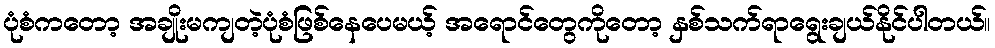
ပုံစံကတော့ အချိုးမကျတဲ့ပုံစံဖြစ်နေပေမယ့် အရောင်တွေကိုတော့ နှစ်သက်ရာရွေးချယ်နိုင်ပါတယ်။